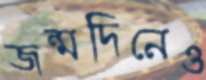
জন্মদিনেও